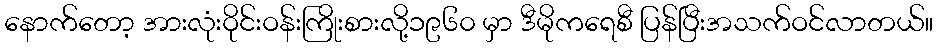
နောက်တော့ အားလုံးဝိုင်းဝန်းကြိုးစားလို့၁၉၆၀ မှာ ဒီမိုကရေစီ ပြန်ပြီးအသက်ဝင်လာတယ်။